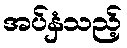
အပ်နှံသည့်